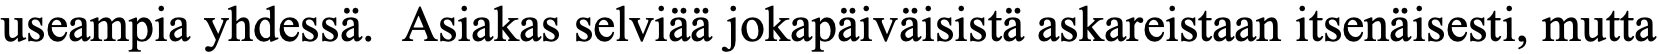
useampia yhdessä. Asiakas selviää jokapäiväisistä askareistaan itsenäisesti, mutta